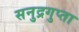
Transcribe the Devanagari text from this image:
सनुद्रगुप्ता